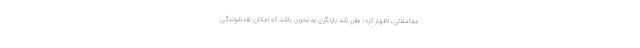
معاملاتی، اظهار کرد: مقرر شد بازنگری به نحوی باشد که امکان نقدشوندگی